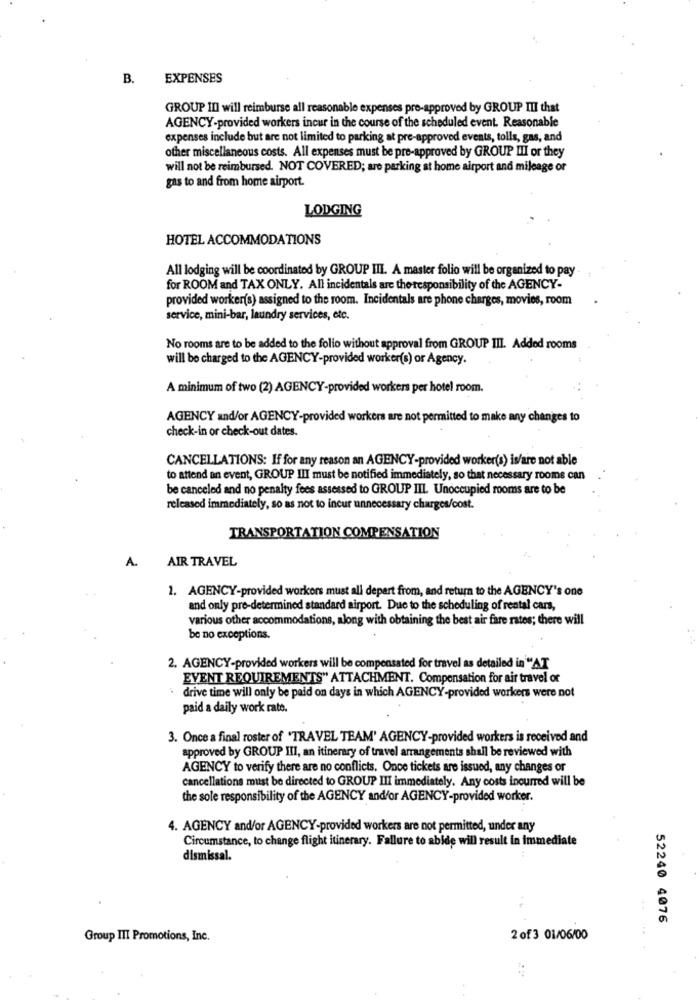
B.
EXPENSES
GROUP III will reimburse all reasonable expenses pre-approved by GROUP III that
AGENCY-provided workers incur in the course of the scheduled event. Reasonable
expenses include but are not limited to parking at pre-approved events, tolls, gas, and
other miscellaneous costs. All expenses must be pre-approved by GROUP III or they
will not be reimbursed. NOT COVERED; are parking at home airport and mileage or
gas to and from home airport.
LODGING
HOTEL ACCOMMODATIONS
All lodging will be coordinated by GROUP III. A master folio will be organized to pay
for ROOM and TAX ONLY. All incidentals are the responsibility of the AGENCY-
provided worker(s) assigned to the room. Incidentals are phone charges, movies, room
service, mini-bar, laundry services, etc.
No rooms are to be added to the folio without approval from GROUP III. Added rooms
will be charged to the AGENCY-provided worker(s) or Agency.
A minimum of two (2) AGENCY-provided workers per hotel room.
AGENCY and/or AGENCY-provided workers are not permitted to make any changes to
check-in or check-out dates.
CANCELLATIONS: If for any reason an AGENCY-provided worker(s) is/are not able
to attend an event, GROUP III must be notified immediately, so that necessary rooms can
be canceled and no penalty fees assessed to GROUP III Unoccupied rooms are to be
released immediately, so as not to incur unnecessary charges/cost.
TRANSPORTATION COMPENSATION
A.
AIR TRAVEL
1. AGENCY-provided workers must all depart from, and return to the AGENCY's one
and only pre-determined standard airport. Due to the scheduling of rental cars,
various other accommodations, along with obtaining the best air fare rates; there will
be no exceptions.
2. AGENCY-provided workers will be compensated for travel as detailed in "AT
EVENT REQUIREMENTS" ATTACHMENT. Compensation for air travel or
drive time will only be paid on days in which AGENCY-provided workers were not
paid a daily work rate.
3. Once a final roster of 'TRAVEL TEAM' AGENCY-provided workers is received and
approved by GROUP III, an itinerary of travel arrangements shall be reviewed with
AGENCY to verify there are no conflicts. Once tickets are issued, any changes or
cancellations must be directed to GROUP III immediately. Any costs incurred will be
the sole responsibility of the AGENCY and/or AGENCY-provided worker.
4. AGENCY and/or AGENCY-provided workers are not permitted, under any
Circumstance, to change flight itinerary. Fallure to abide will result in immediate
dismissal.
52240 4076
Group III Promotions, Inc.
2 of 3 01/06/00